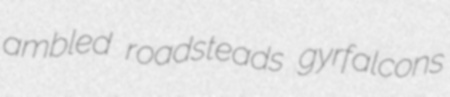
ambled roadsteads gyrfalcons